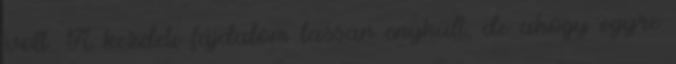
volt. A kezdeti fájdalom lassan enyhült, de ahogy egyre